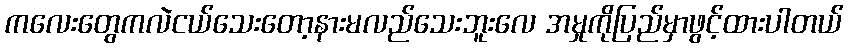
ကလေးတွေကလဲငယ်သေးတော့နားမလည်သေးဘူးလေ အမှုကိုပြည်မှာဖွင့်ထားပါတယ်